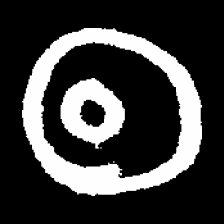
Pyu character \u2014 Myanmar letter: ထ (romanized: tha)